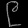
Digit: ၉